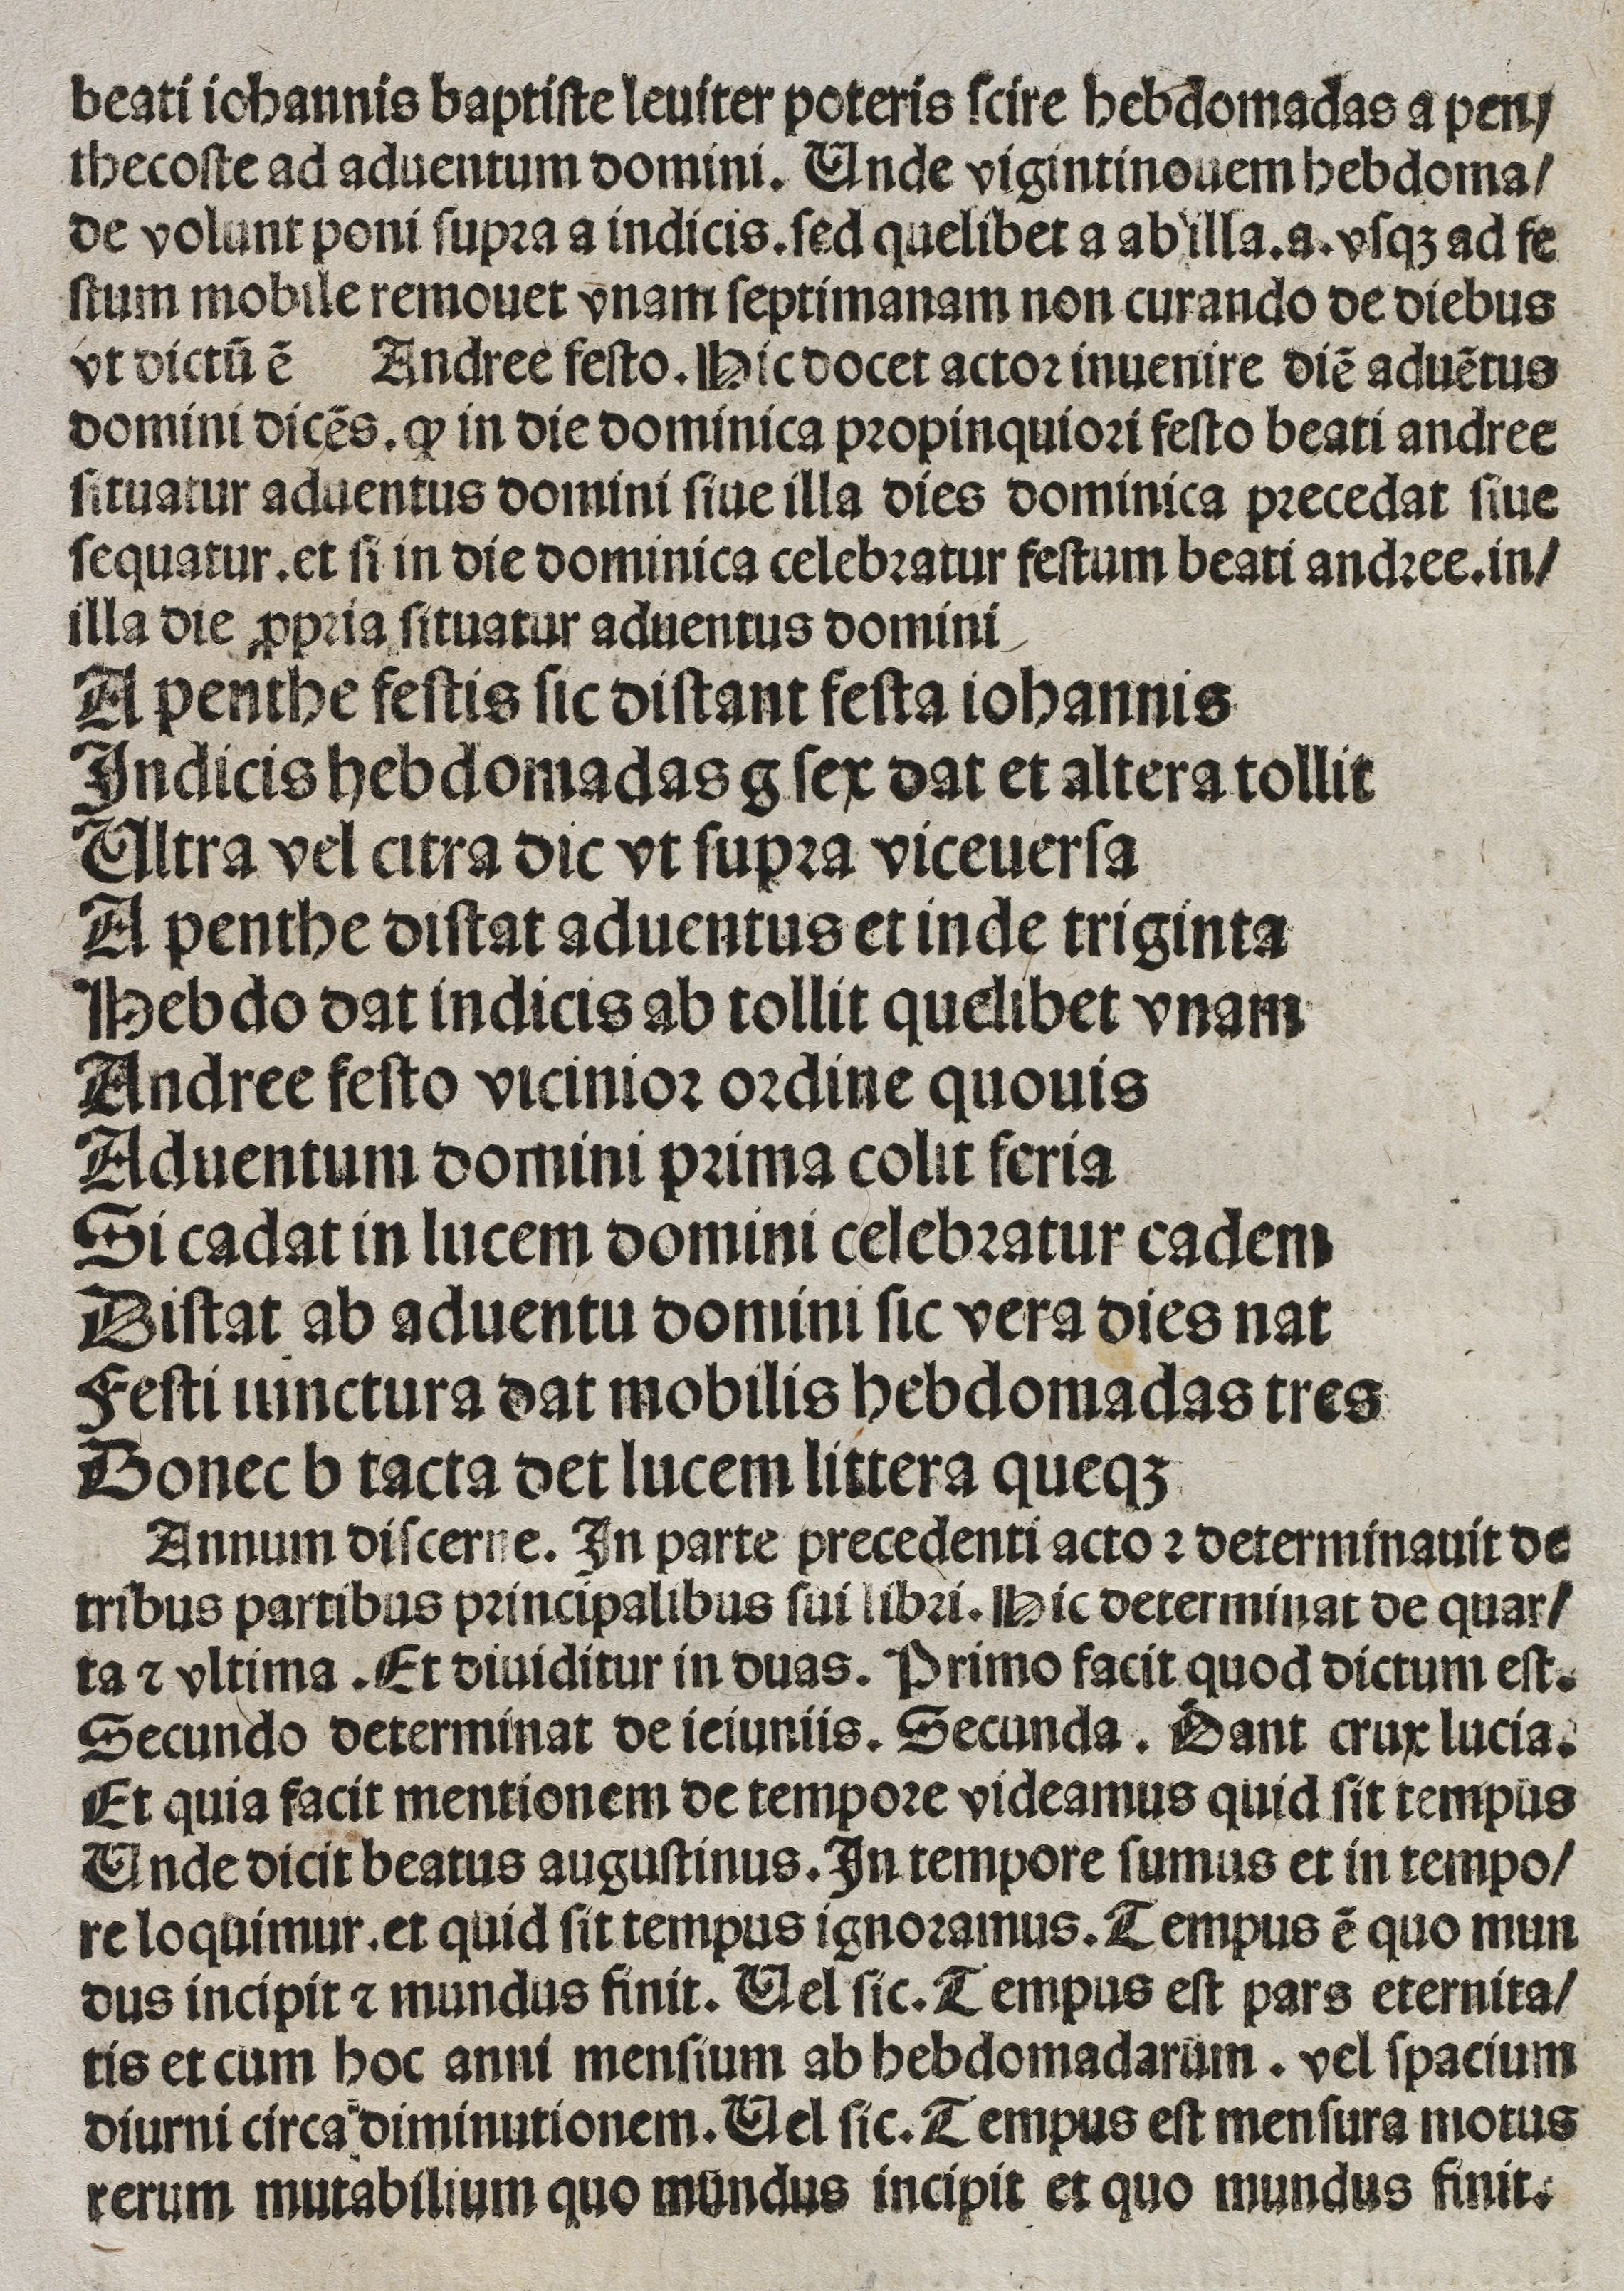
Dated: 1400–1449